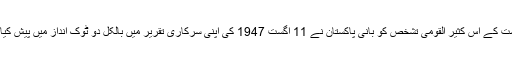
ریاست کے اس کثیر القومی تشخص کو بانی پاکستان نے 11 اگست 1947 کی اپنی سرکاری تقریر میں بالکل دو ٹوک انداز میں پیش کیا تھا۔